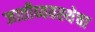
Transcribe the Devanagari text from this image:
जातीव्यवस्थेचा